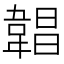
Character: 𩎿